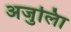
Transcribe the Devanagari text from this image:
अजुलिा